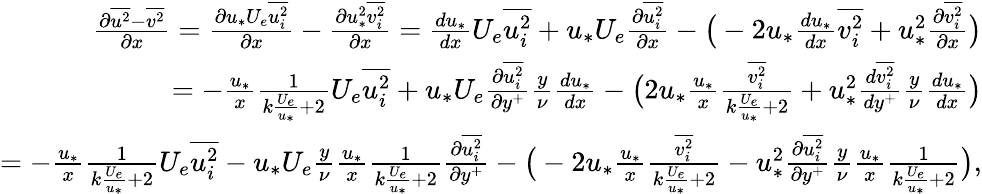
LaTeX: \begin{array}{r}{\frac{\partial\overline{{u^{2}}}-\overline{{v^{2}}}}{\partial x}=\frac{\partial u_{*}U_{e}\overline{{u_{i}^{2}}}}{\partial x}-\frac{\partial u_{*}^{2}\overline{{v_{i}^{2}}}}{\partial x}=\frac{du_{*}}{dx}U_{e}\overline{{u_{i}^{2}}}+u_{*}U_{e}\frac{\partial\overline{{u_{i}^{2}}}}{\partial x}-\big(-2u_{*}\frac{du_{*}}{dx}\overline{{v_{i}^{2}}}+u_{*}^{2}\frac{\partial\overline{{v_{i}^{2}}}}{\partial x}\big)}\\ {=-\frac{u_{*}}{x}\frac{1}{k\frac{U_{e}}{u_{*}}+2}U_{e}\overline{{u_{i}^{2}}}+u_{*}U_{e}\frac{\partial\overline{{u_{i}^{2}}}}{\partial y^{+}}\frac{y}{\nu}\frac{du_{*}}{dx}-\big(2u_{*}\frac{u_{*}}{x}\frac{\overline{{v_{i}^{2}}}}{k\frac{U_{e}}{u_{*}}+2}+u_{*}^{2}\frac{d\overline{{v_{i}^{2}}}}{dy^{+}}\frac{y}{\nu}\frac{du_{*}}{dx}\big)}\\ {=-\frac{u_{*}}{x}\frac{1}{k\frac{U_{e}}{u_{*}}+2}U_{e}\overline{{u_{i}^{2}}}-u_{*}U_{e}\frac{y}{\nu}\frac{u_{*}}{x}\frac{1}{k\frac{U_{e}}{u_{*}}+2}\frac{\partial\overline{{u_{i}^{2}}}}{\partial y^{+}}-\big(-2u_{*}\frac{u_{*}}{x}\frac{\overline{{v_{i}^{2}}}}{k\frac{U_{e}}{u_{*}}+2}-u_{*}^{2}\frac{\partial\overline{{u_{i}^{2}}}}{\partial y^{+}}\frac{y}{\nu}\frac{u_{*}}{x}\frac{1}{k\frac{U_{e}}{u_{*}}+2}\big),}\end{array}